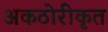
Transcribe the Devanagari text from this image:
अकठोरीकृत